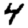
Digit: 4